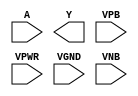
module sky130_fd_sc_ms__clkdlyinv5sd2 (
    //# {{data|Data Signals}}
    input  A   ,
    output Y   ,

    //# {{power|Power}}
    input  VPB ,
    input  VPWR,
    input  VGND,
    input  VNB
);
endmodule